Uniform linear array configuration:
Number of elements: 32
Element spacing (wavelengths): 1
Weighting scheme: hann
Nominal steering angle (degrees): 60
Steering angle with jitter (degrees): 59.681
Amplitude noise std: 0.05
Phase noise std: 0.05

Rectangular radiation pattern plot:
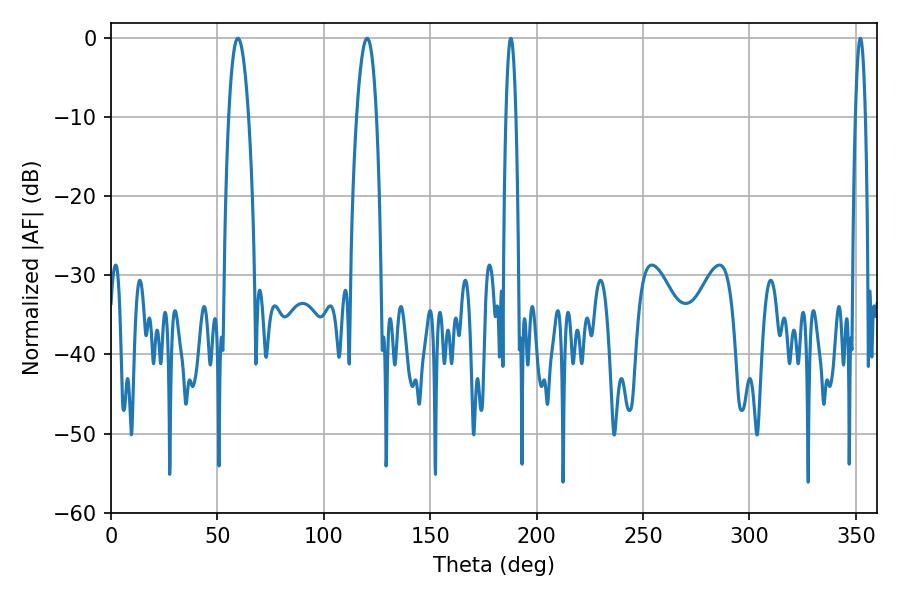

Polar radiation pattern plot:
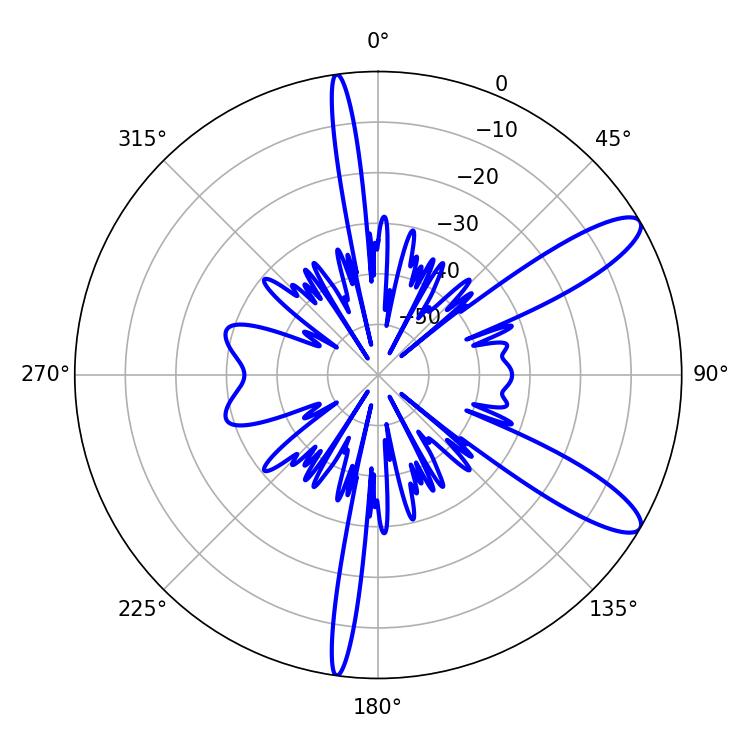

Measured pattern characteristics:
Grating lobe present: TRUE
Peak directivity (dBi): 11.136
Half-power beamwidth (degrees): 5.04
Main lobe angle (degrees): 59.58